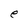
Character: e